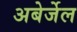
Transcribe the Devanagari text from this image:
अबेर्जेल